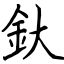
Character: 釱